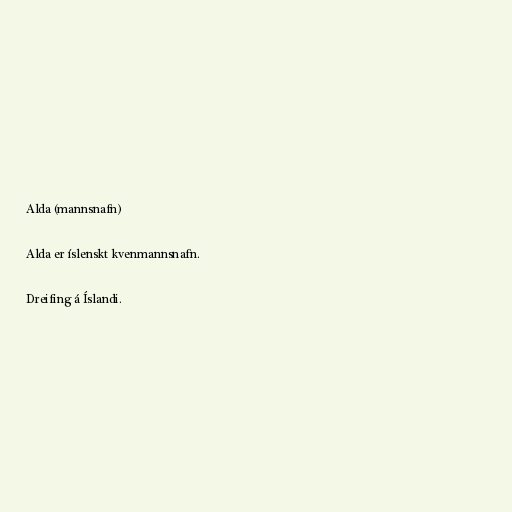
Alda (mannsnafn)

Alda er íslenskt kvenmannsnafn.

Dreifing á Íslandi.